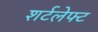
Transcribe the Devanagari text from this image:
शर्टलेफ्ट